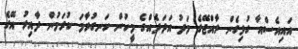
އައިއެސްއާ ގުޅިގެން ރާއްޖޭގެ މަދު އަދަދެއްގެ މީހުން ހަނގުރާމަ ކުރަމުން ދާއިރު އޭގެ